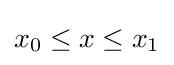
{\textstyle x_{0}\leq x\leq x_{1}}